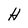
Character: H